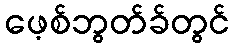
ဖေ့စ်ဘွတ်ခ်တွင်